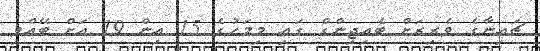
ޗައިނާގެ ވެރިރަށް ބެއިޖިންގް ގައި މިމަހުގެ 15 އިން 19 އަށް ބޭއްވި